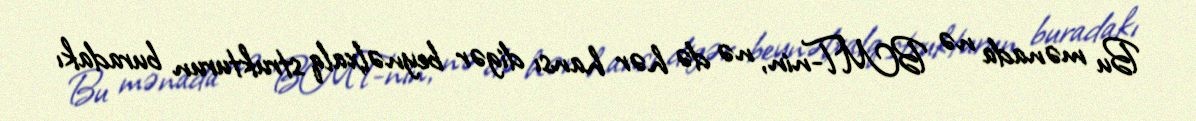
Bu mənada nə BMT-nin, nə də hər hansı digər beynəlxalq strukturun buradakı